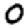
Digit: 0